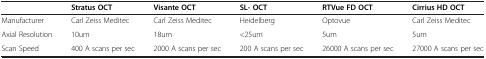
<table><thead><tr><td><b> </b></td><td><b>Stratus OCT</b></td><td><b>Visante OCT</b></td><td><b>SL- OCT</b></td><td><b>RTVue FD OCT</b></td><td><b>Cirrius HD OCT</b></td></tr></thead><tbody><tr><td>Manufacturer</td><td>Carl Zeiss Meditec</td><td>Carl Zeiss Meditec</td><td>Heidelberg</td><td>Optovue</td><td>Carl Zeiss Meditec</td></tr><tr><td>Axial Resolution</td><td>10um</td><td>18um</td><td>&lt;25um</td><td>5um</td><td>5um</td></tr><tr><td>Scan Speed</td><td>400 A scans per sec</td><td>2000 A scans per sec</td><td>200 A scans per sec</td><td>26000 A scans per sec</td><td>27000 A scans per sec</td></tr></tbody></table>